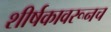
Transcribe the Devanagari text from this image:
शीर्षकावरूनच